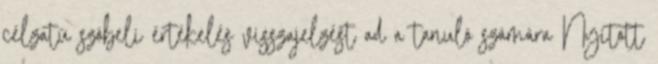
célzatú szóbeli értékelés visszajelzést ad a tanuló számára Nyitott